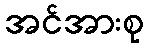
အင်အားစု